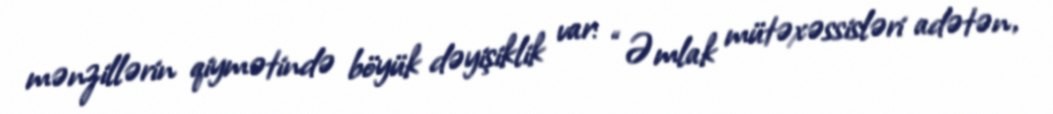
mənzillərin qiymətində böyük dəyişiklik var: “Əmlak mütəxəssisləri adətən,